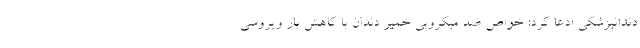
دندانپزشکی ادعا کرد: خواص ضد میکروبی خمیر دندان با کاهش بار ویروسی